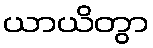
ယာယိတွာ